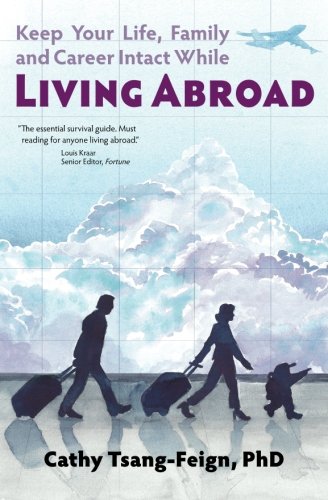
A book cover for Keep Your Life, Family and Career Intact While Living Abroad: What every expat needs to know; Cathy Tsang-Feign PhD; Travel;